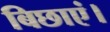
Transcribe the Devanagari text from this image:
बिछाएं।